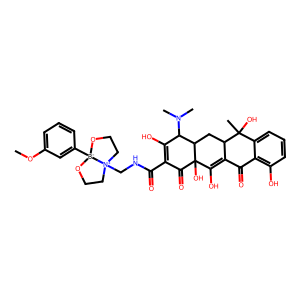
SMILES: COc1cccc([B-]23OCC[N+]2(CNC(=O)C2=C(O)C(N(C)C)C4CC5C(=C(O)C4(O)C2=O)C(=O)c2c(O)cccc2C5(C)O)CCO3)c1
Inhibits HIV replication: No